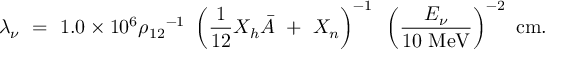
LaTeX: \lambda _ { \nu } ~ = ~ 1 . 0 \times 1 0 ^ { 6 } { { \rho } _ { 1 2 } } ^ { - 1 } ~ \left( \frac { 1 } { 1 2 } X _ { h } { \bar { A } } ~ + ~ X _ { n } \right) ^ { - 1 } ~ \left( \frac { E _ { \nu } } { 1 0 ~ \mathrm { M e V } } \right) ^ { - 2 } ~ \mathrm { { c m } . }